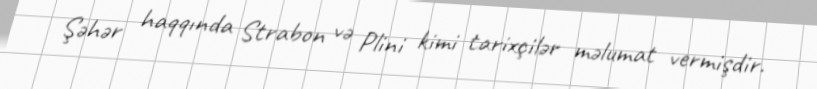
Şəhər haqqında Strabon və Plini kimi tarixçilər məlumat vermişdir.